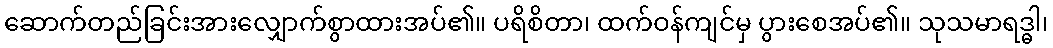
ဆောက်တည်ခြင်းအားလျှောက်စွာထားအပ်၏။ ပရိစိတာ၊ ထက်ဝန်ကျင်မှ ပွားစေအပ်၏။ သုသမာရဒ္ဓါ၊